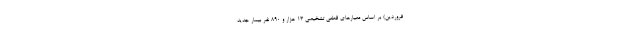
فروردین) بر اساس معیارهای قطعی تشخیصی ۱۳ هزار و ۸۹۰ نفر بیمار جدید